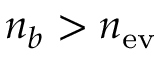
n _ { b } > n _ { \mathrm { e v } }